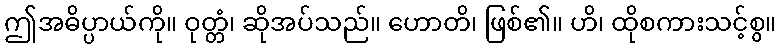
ဤအဓိပ္ပာယ်ကို။ ဝုတ္တံ၊ ဆိုအပ်သည်။ ဟောတိ၊ ဖြစ်၏။ ဟိ၊ ထိုစကားသင့်စွ။